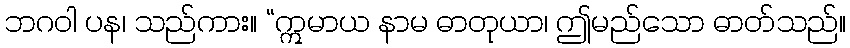
ဘဂဝါ ပန၊ သည်ကား။ “ဣမာယ နာမ ဓာတုယာ၊ ဤမည်သော ဓာတ်သည်။